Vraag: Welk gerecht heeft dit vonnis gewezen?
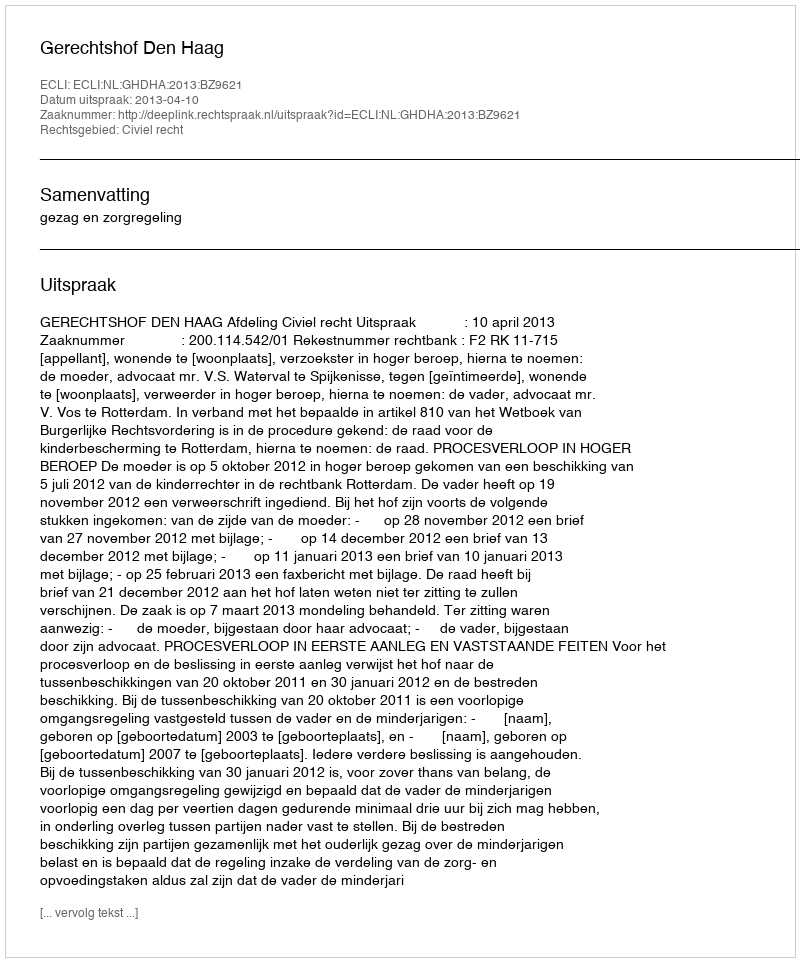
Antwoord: Gerechtshof Den Haag